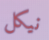
نيكل